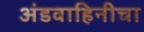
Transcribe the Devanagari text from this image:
अंडवाहिनीचा